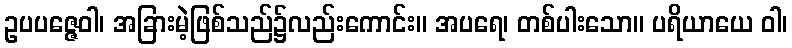
ဥပပဇ္ဇေဝါ၊ အခြားမဲ့ဖြစ်သည်၌လည်းကောင်း။ အပရေ၊ တစ်ပါးသော။ ပရိယာယေ ဝါ၊